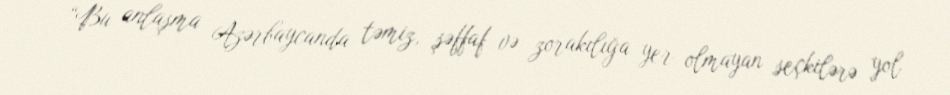
“Bu anlaşma Azərbaycanda təmiz, şəffaf və zorakılığa yer olmayan seçkilərə yol